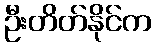
ဦးတိတ်နိုင်က